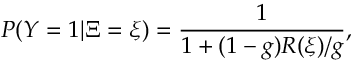
P ( Y = 1 | \Xi = \xi ) = \frac { 1 } { 1 + ( 1 - g ) R ( \xi ) / g } ,